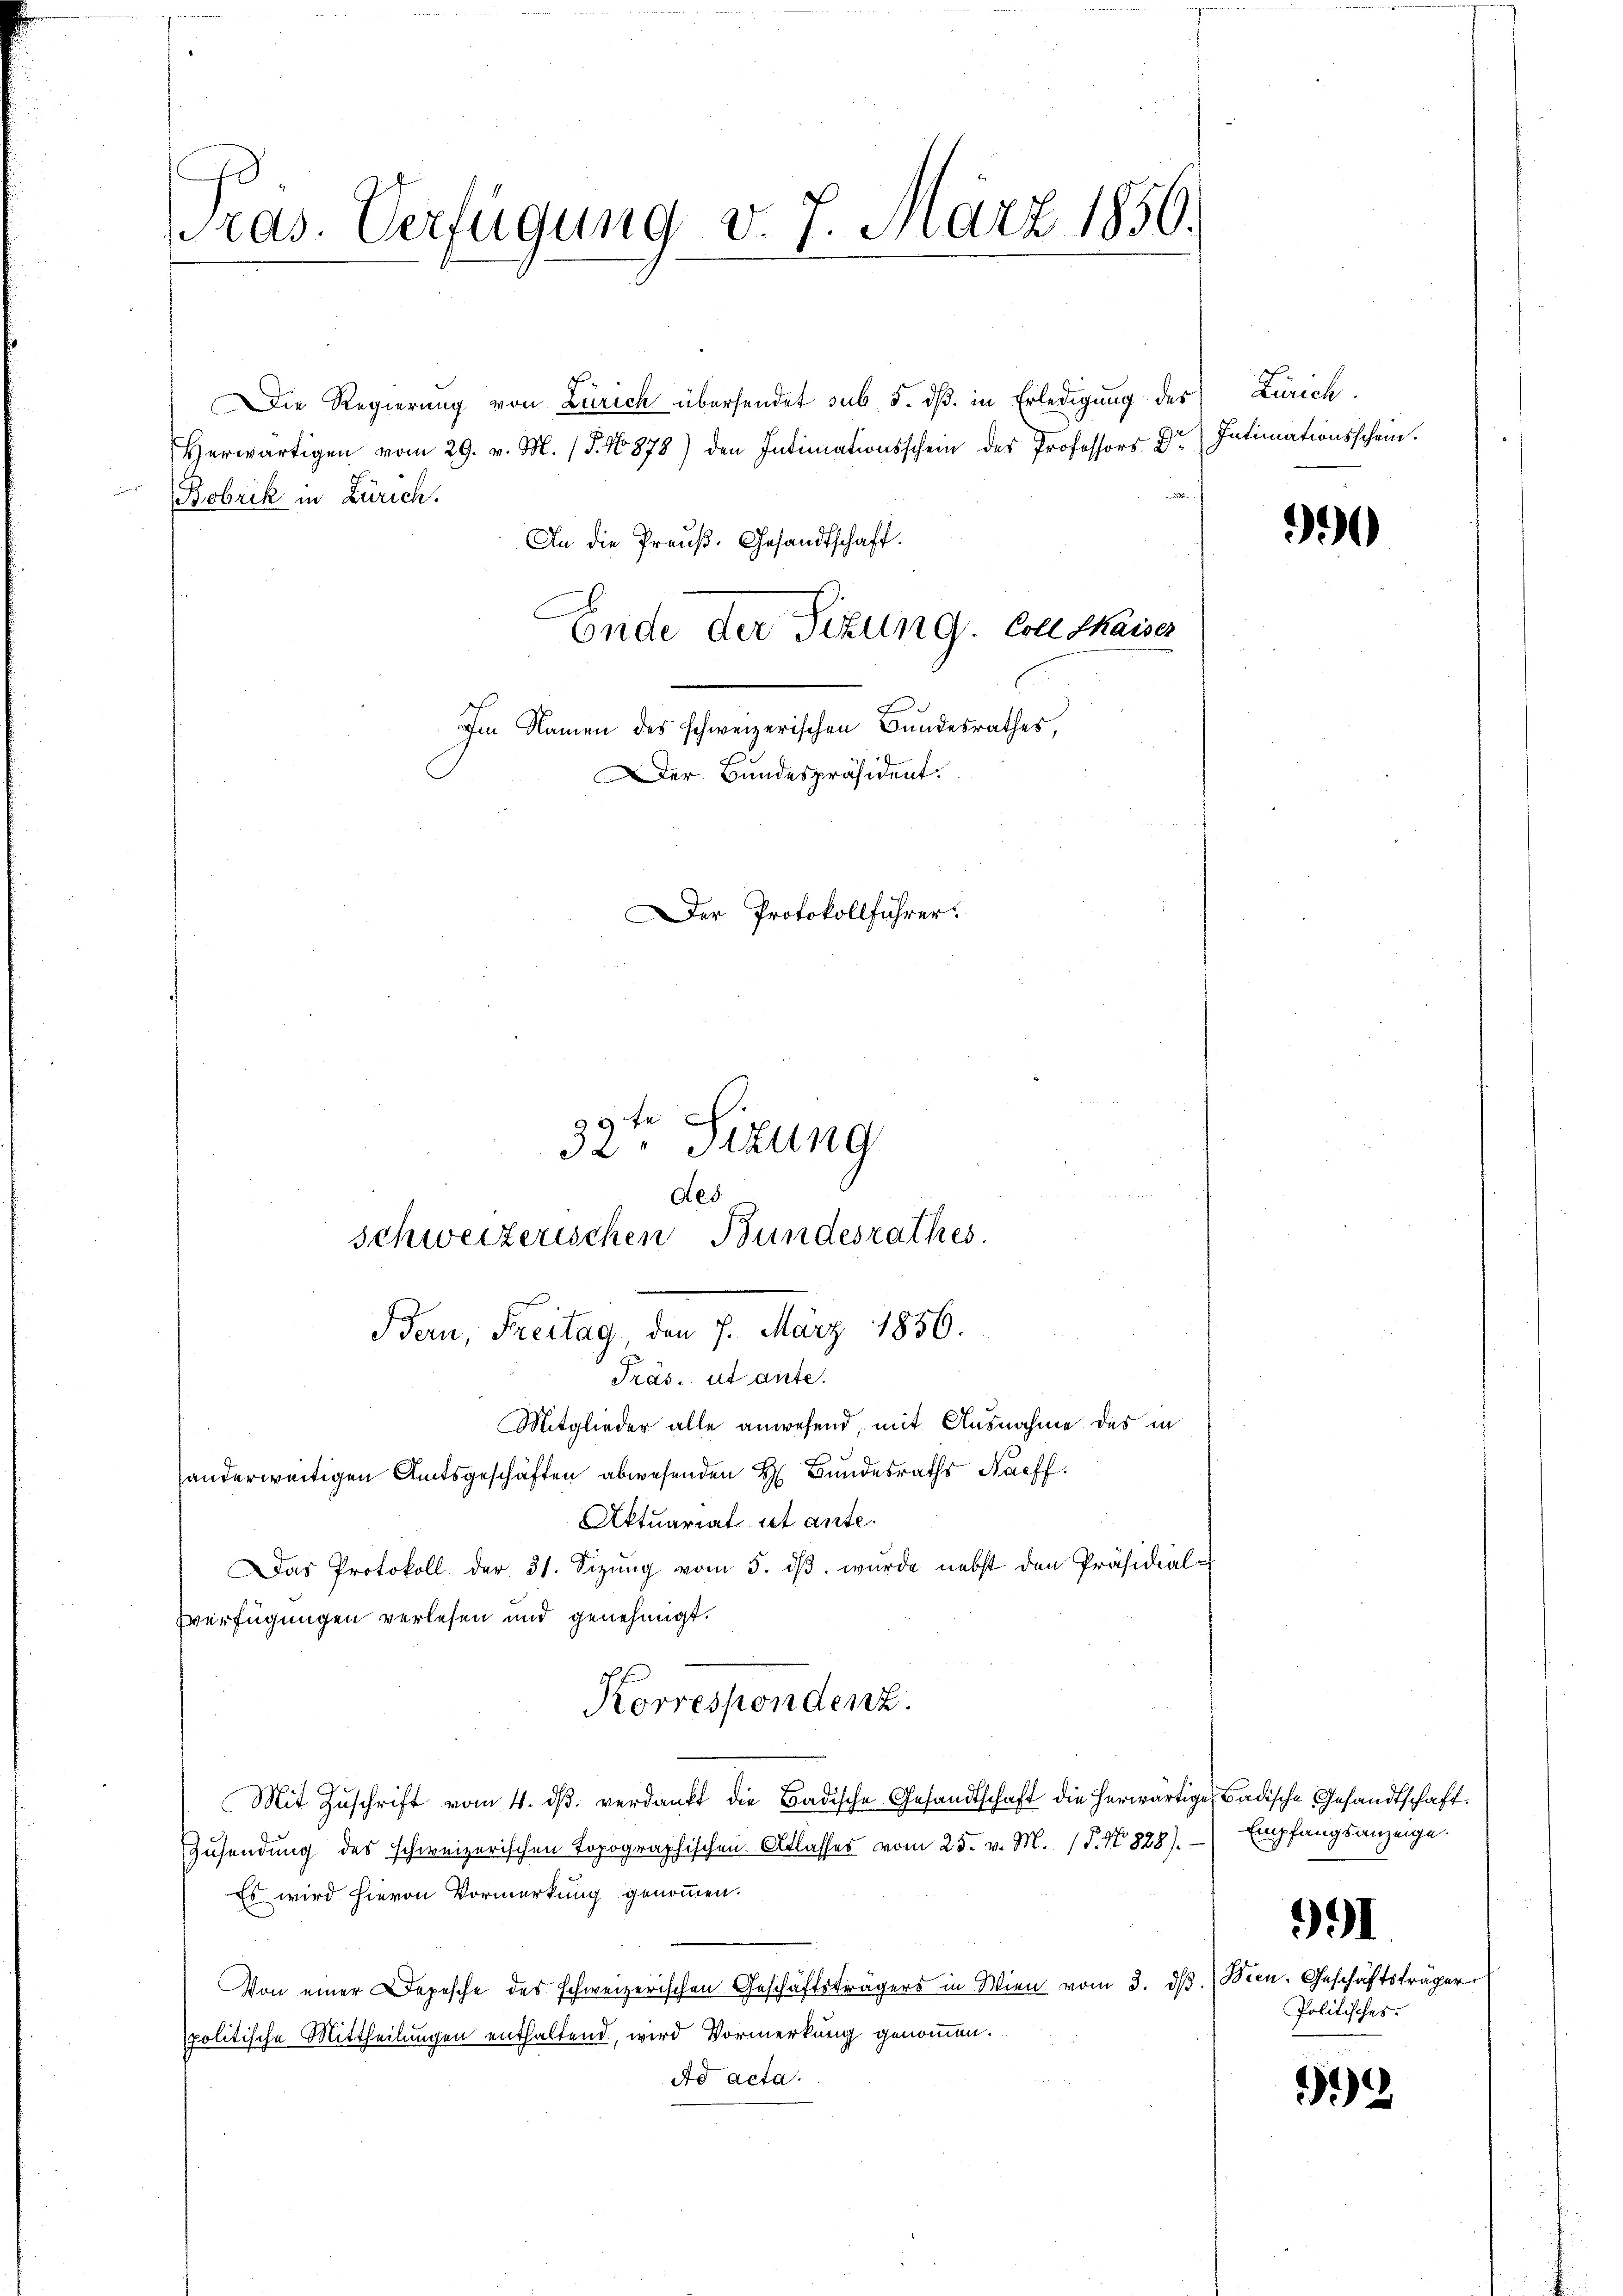
ras. Verfügung v. 7. März 1850.

Die Regierung von Zürich übersendet sub 5. dβ in Erledigung der Zürich
Herwärtigen vom 29. v. M. (T. No 878) den Intimationsschein des Professors Dr. Intimationsschein.

(Bobrik in Zürich.
An die Preuß. Gesandtschaft.
Ende der Sitzung. Coll Kaise
Im Namen des schweizerischen Bundesrathes,
F
Der Bundespräsident.

32. Sizung
Aes
schweizerischen Bundesrathes.
Bern, Freitag, den 7. März 1856.
Präs. ut ante.
Mitglieder alle anwesend, mit Ausnahme des in

anderweitigen Amtsgeschäften abwesenden H. Bandesraths Nachf

Aktuarial et ante.
Das Protokoll der 31. Sizŭng vom 5. dβ. wurde nebst den Präsidial-
Zverfügungen verlesen und genehmigt.
Korrespondenz.
Mit Zŭschrift vom 4. dβ verdankt die Badische Gesandtschaft die herwärtige Badische Gesandtschaft
Zusendung des schweizerischen Topographischen Atlasses vom 25. v. M. (T. No 828). Empfangsanzeige.
Es wird hievon Vormerkung genommen.
Von einer Depesche des schweizerischen Geschäftsträgers in Wien vom 3. dβ. Bien. Geschäftsträger
spolitische Mittheilungen enthaltend, wird Vormerkung genommen.
Ad acta.

Der Protokollführer.
3 te

3

991
Politisches.

32.